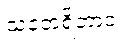
သတေရိတာဝ